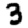
Digit: 3